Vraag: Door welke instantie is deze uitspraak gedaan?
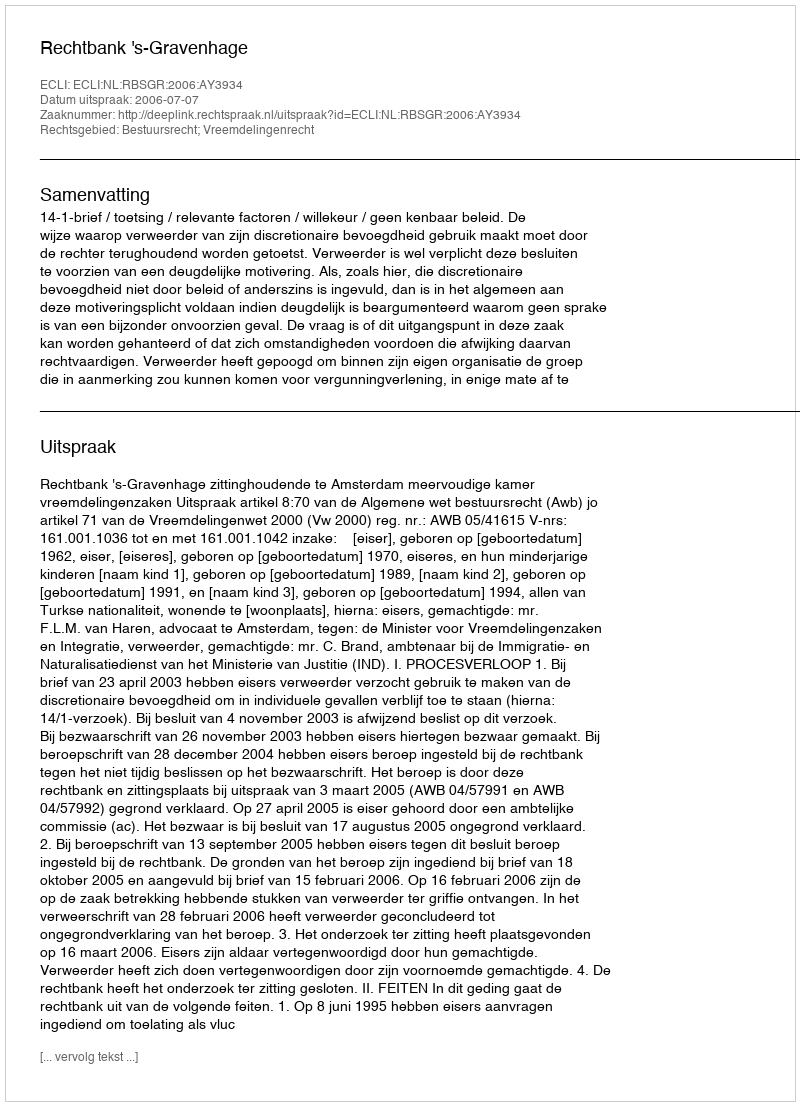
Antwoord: Rechtbank 's-Gravenhage